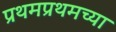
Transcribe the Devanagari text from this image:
प्रथमप्रथमच्या